Scottish Leaving Certificate Examination, 1959
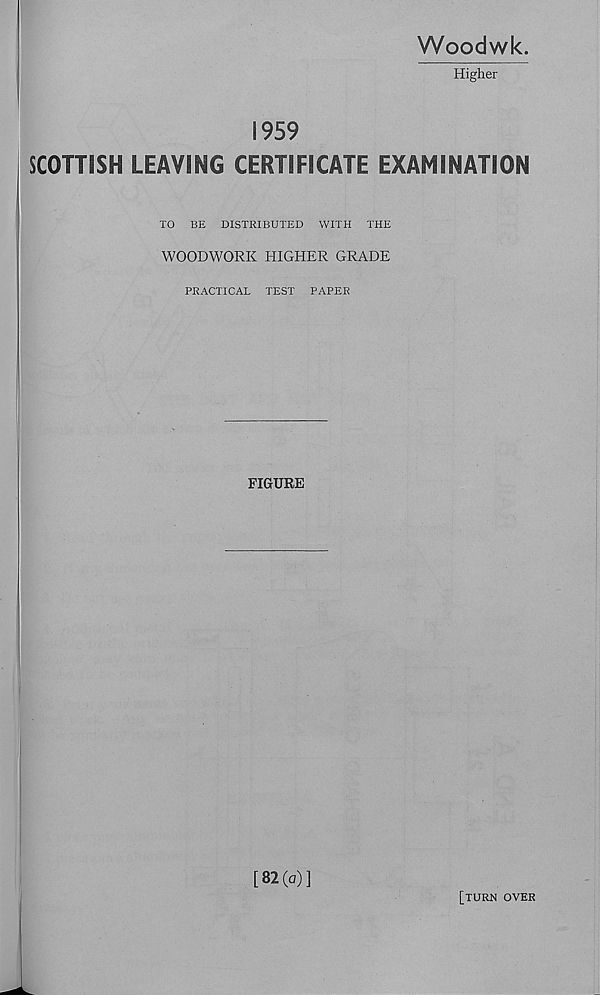
Woodwk.
Higher
1959
SCOTTISH LEAVING CERTIFICATE EXAMINATION
TO BE DISTRIBUTED WITH THE
WOODWORK HIGHER GRADE
PRACTICAL TEST PAPER
FIGURE
[82(o)]
[turn over